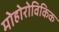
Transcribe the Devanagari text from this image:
मोहोरोविकिक